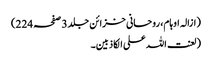
(ازالہ اوہام، روحانی خزائن جلد 3 صفحہ 224)
(لعنت اللہ علی الکاذبین۔